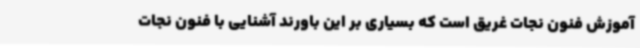
آموزش فنون نجات غریق است که بسیاری بر این باورند آشنایی با فنون نجات